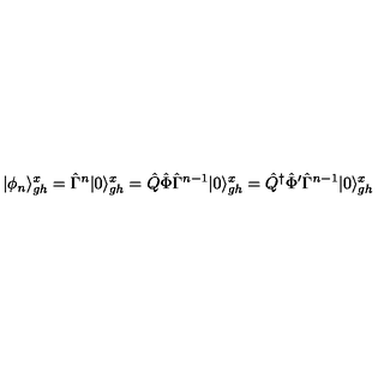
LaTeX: | \phi _ { n } \rangle _ { g h } ^ { x } = \hat { \Gamma } ^ { n } | 0 \rangle _ { g h } ^ { x } = \hat { Q } \hat { \Phi } \hat { \Gamma } ^ { n - 1 } | 0 \rangle _ { g h } ^ { x } = \hat { Q } ^ { \dagger } \hat { \Phi } ^ { \prime } \hat { \Gamma } ^ { n - 1 } | 0 \rangle _ { g h } ^ { x }